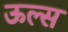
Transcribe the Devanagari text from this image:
ऊल्स